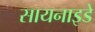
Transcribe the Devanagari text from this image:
सायनाइडे